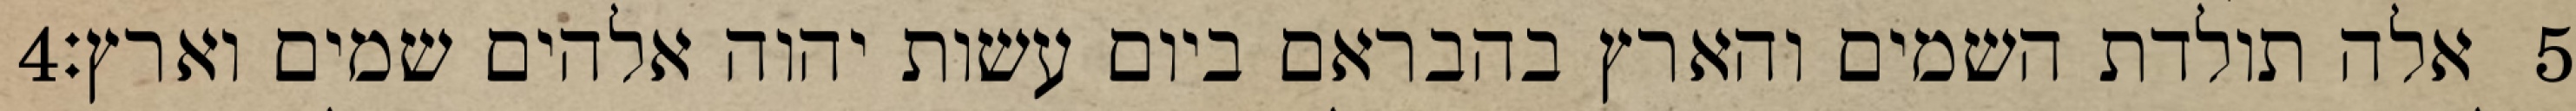
‎4‏ אלה תולדת השמים והארץ בהבראם ביום עשות יהוה אלהים שמים וארץ׃ ‎5‏